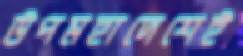
উপমহাদেশেই